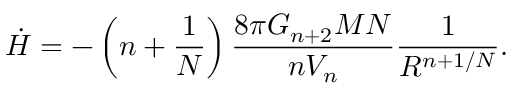
\dot { H } = - \left( n + \frac { 1 } { N } \right) \frac { 8 \pi G _ { n + 2 } M N } { n V _ { n } } \frac { 1 } { R ^ { n + 1 / N } } .